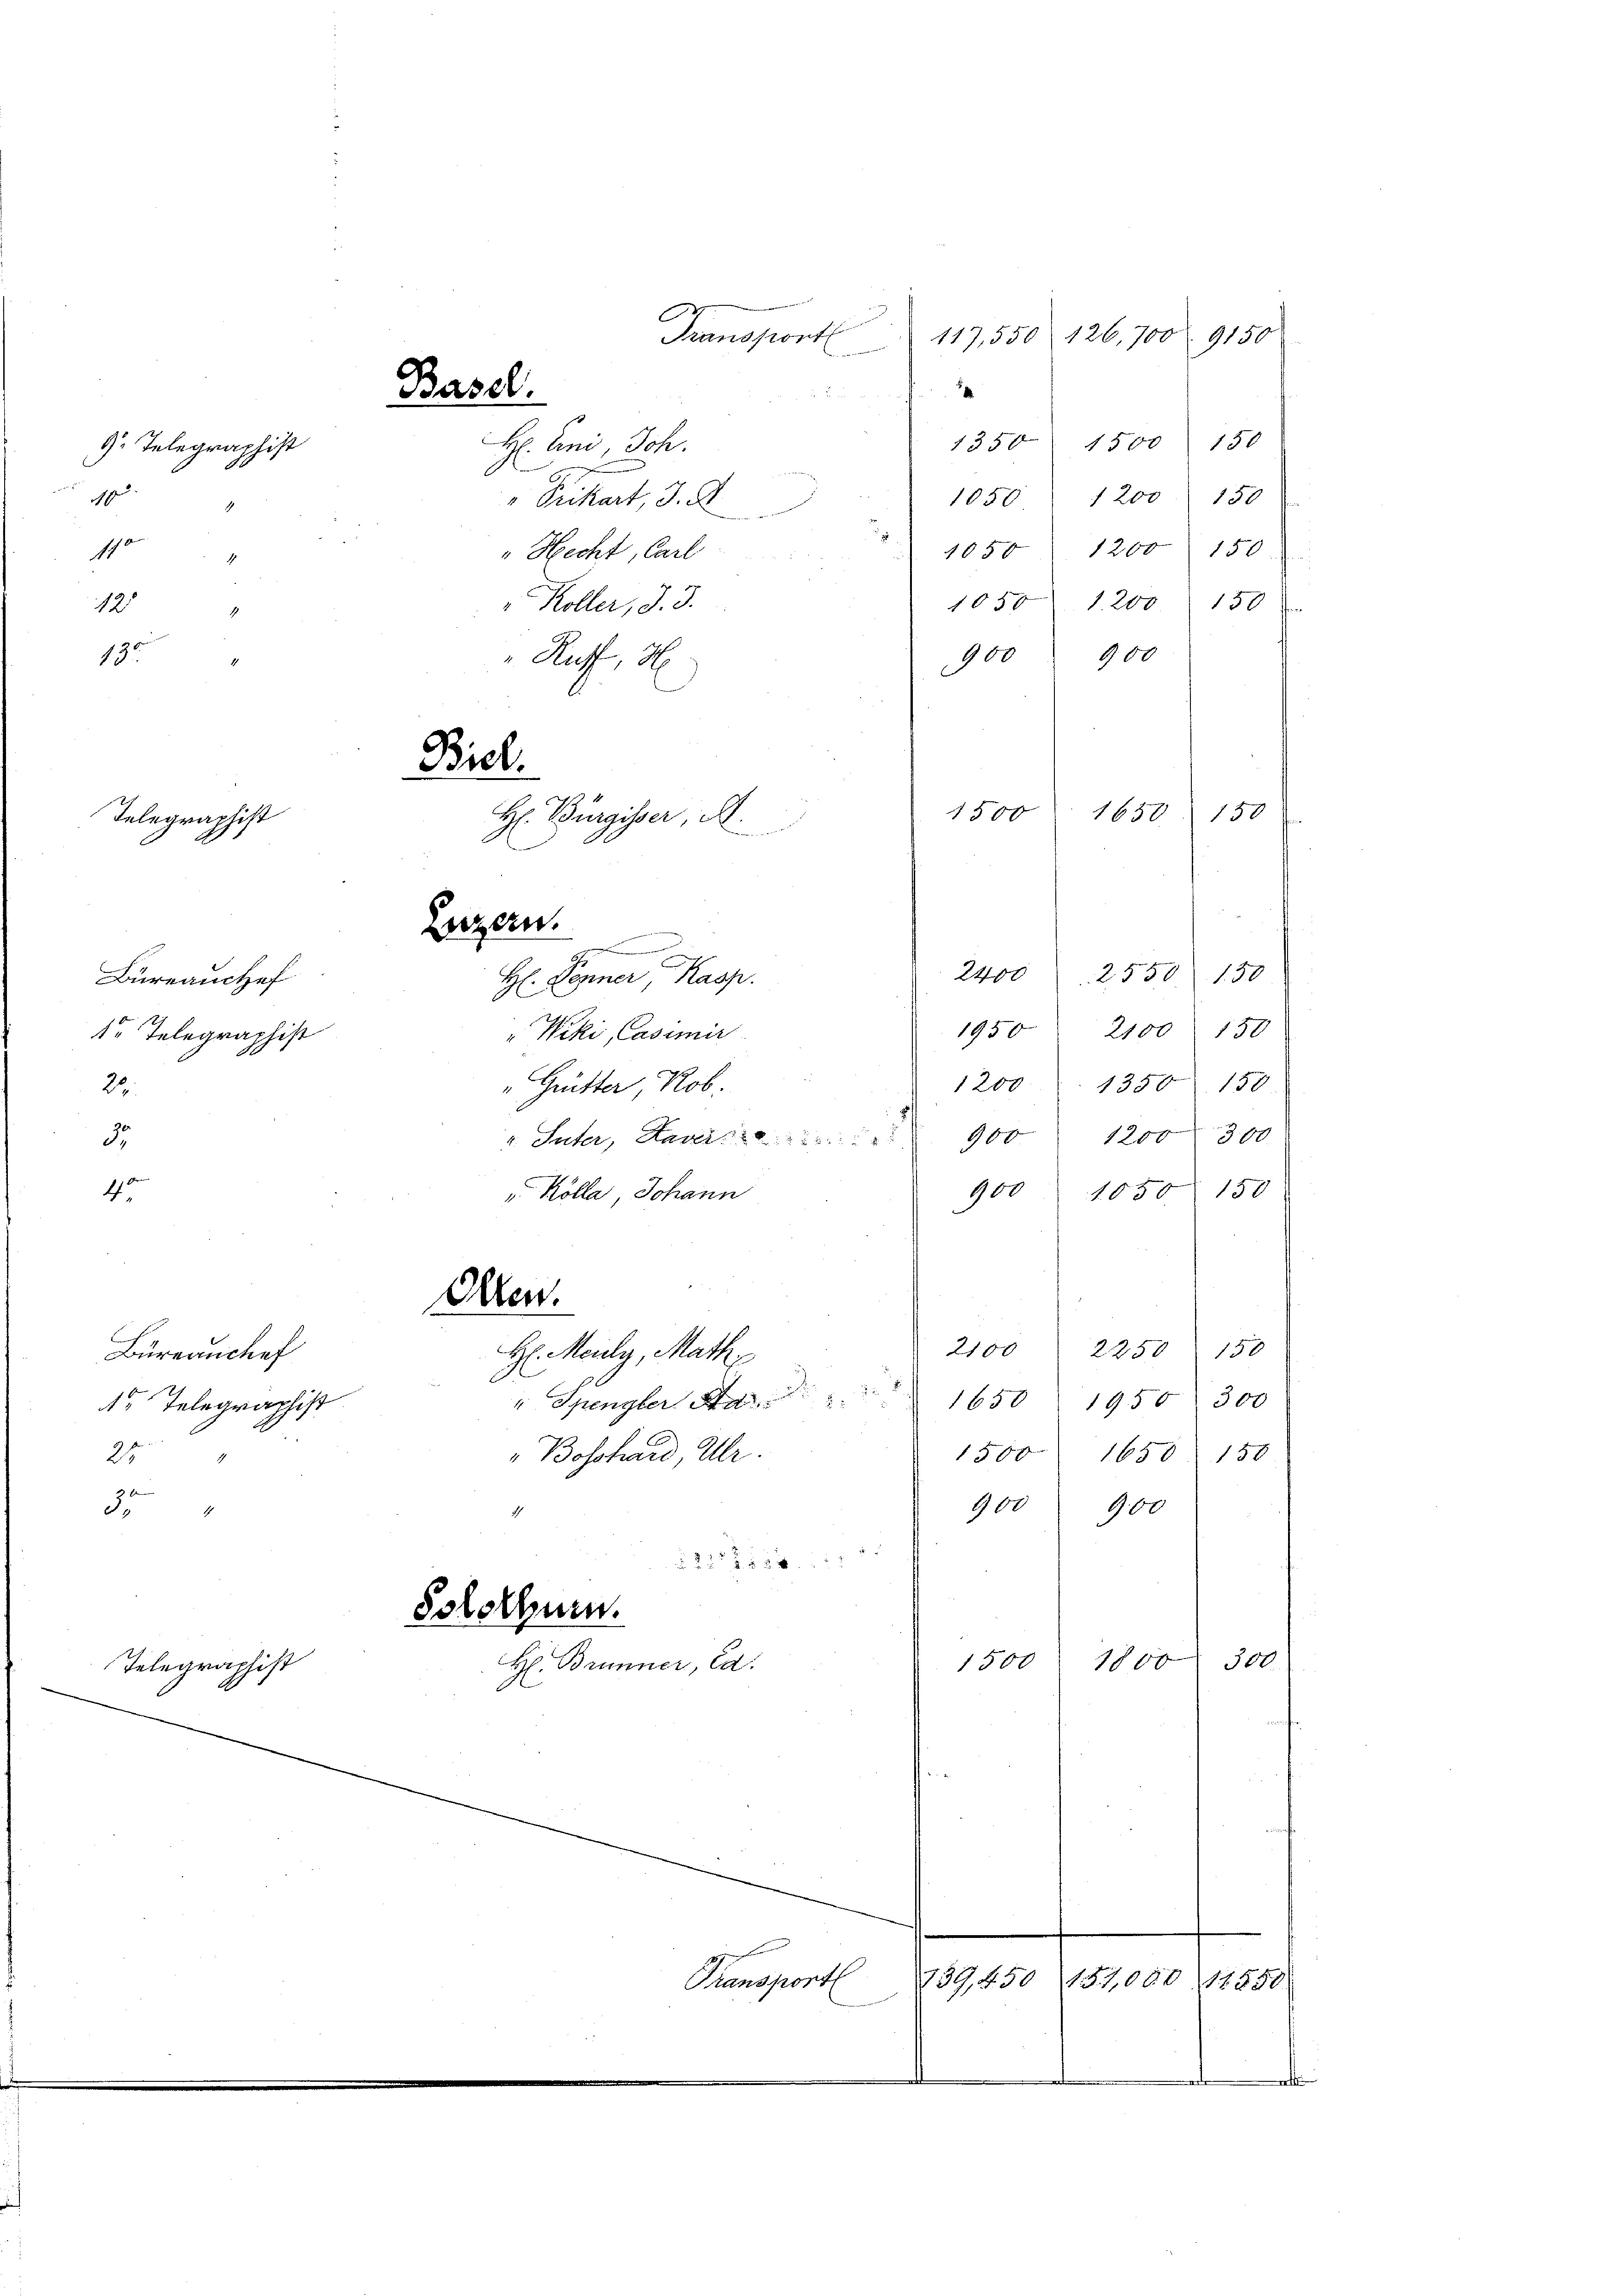
. Telegraphist
0
1
1

12

130

30
40
20
 x
3.

Telegraphist

1
150
1350
1500
H: Eini, Joh.
" Fickart, 3. d
1050 1200 150
1200 150
"Hecht, Carl
1050
1050
Koller, J. J.
150
1.200
900
900
Ruff, H
1650
150
w
2400
2550 150
H: Pegner, Kasp.
1950 2100 150
"Wiki, Casimir
1200. 1350. 150
"Grütter Rob
2/
300
1200
960
v. Suter, Haver 20
900 1050 150
 Kölla, Johann
Olten.
2100
150
2250
Büreanchef
H. Meily, Math.
" Spengler Sta 1650
1950 300
 Telegraphist
1650 150
Boschaid Ulr
1500
900
900
1
§ 221 f 524
Solothurn.
300
1800
1500
H: Brunner, Ca
Telegraphist
A
Transport
739,450, 151,000 1851
 ......................

Bureauchef
r Telegraphist
22.

Basel.

Biel.
H: Bürgisser A
Luzern.
a
n

Transport

1500

117,550 126,700 9150